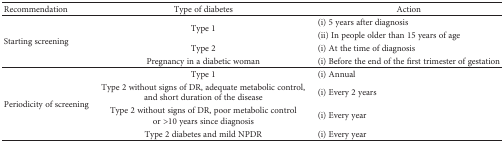
<table><thead><tr><td><b>Recommendation</b></td><td><b>Type of diabetes</b></td><td><b>Action</b></td></tr></thead><tbody><tr><td rowspan="4">Starting screening</td><td rowspan="2">Type 1</td><td>(i) 5 years after diagnosis</td></tr><tr><td>(ii) In people older than 15 years of age</td></tr><tr><td>Type 2</td><td>(i) At the time of diagnosis</td></tr><tr><td>Pregnancy in a diabetic woman</td><td>(i) Before the end of the first trimester of gestation</td></tr><tr><td rowspan="4">Periodicity of screening</td><td>Type 1</td><td>(i) Annual</td></tr><tr><td>Type 2 without signs of DR, adequate metabolic control, and short duration of the disease</td><td>(i) Every 2 years</td></tr><tr><td>Type 2 without signs of DR, poor metabolic control or &gt;10 years since diagnosis</td><td>(i) Every year</td></tr><tr><td>Type 2 diabetes and mild NPDR</td><td>(i) Every year</td></tr></tbody></table>